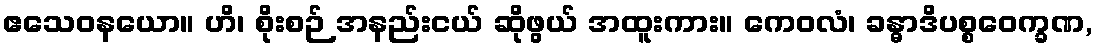
ဧသေဝနယော။ ဟိ၊ စိုးစဉ် အနည်းငယ် ဆိုဖွယ် အထူးကား။ ကေဝလံ၊ ခန္ဓာဒိပစ္စဝေက္ခဏ,